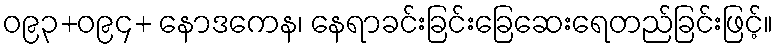
ဝ၉၃+ဝ၉၄+ နောဒကေန၊ နေရာခင်းခြင်းခြေဆေးရေတည်ခြင်းဖြင့်။